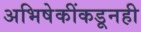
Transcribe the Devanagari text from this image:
अभिषेकींकडूनही